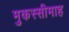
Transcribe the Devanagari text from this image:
मुकस्सीमाह